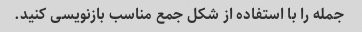
جمله را با استفاده از شکل جمع مناسب بازنویسی کنید.